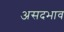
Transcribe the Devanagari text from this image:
असदभाव